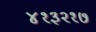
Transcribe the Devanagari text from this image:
४१३२१७